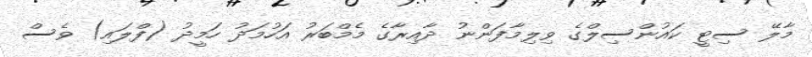
މާލޭ ސިޓީ ކައުންސިލްގެ ވިލިމާފަންނު ދާއިރާގެ މެމްބަރު އަހުމަދު ހަމީދު (ފްލައި) ވެސް